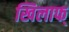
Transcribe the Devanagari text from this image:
खिलाफ्